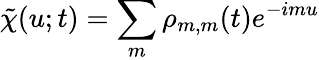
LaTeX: \tilde{\chi}(u;t)=\sum_{m}\rho_{m,m}(t)e^{-imu}